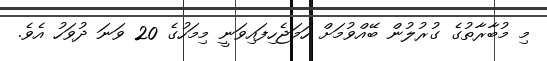
މި މުބާރާތުގެ ގުރުލުން ބޭއްވުމަށް ހަމަޖެހިފައިވަނީ މިމަހުގެ 20 ވަނަ ދުވަހު އެވެ.